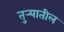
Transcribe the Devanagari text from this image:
तुर्‍यातील